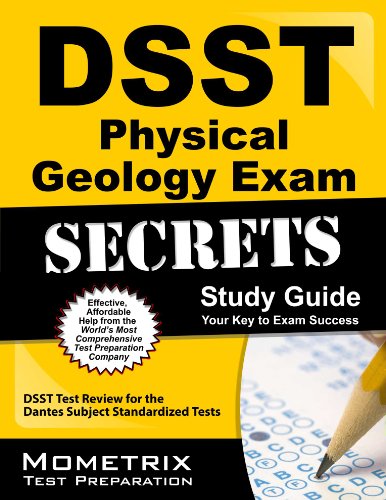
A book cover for DSST Physical Geology Exam Secrets Study Guide: DSST Test Review for the Dantes Subject Standardized Tests (Mometrix Secrets Study Guides); DSST Exam Secrets Test Prep Team; Test Preparation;